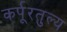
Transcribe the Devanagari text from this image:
कर्पूरतुल्य